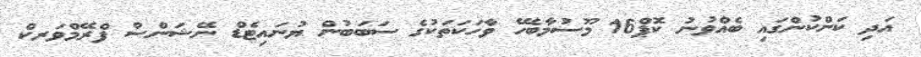
އަދި ކަންކުންގައި ބެއްވުނު ކޮޕް16 މޫސުމާބެހޭ ވާހަކަތަކުގެ ސަބަބުން ޔުނައިޓެޑް ނޭޝަންސް ފްރޭމްވަރކް